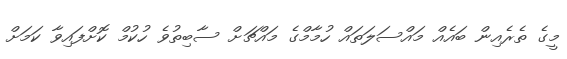
މީގެ ތެރެއިން ބައެއް މައްސަލަތައް ހުމާމްގެ މައްޗަށް ސާބިތުވެ ހުކުމް ކޮށްފައިވާ ކަމަށް